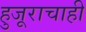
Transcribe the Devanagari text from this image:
हुजूराचाही